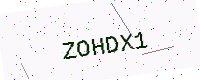
Text: ZOHDX1